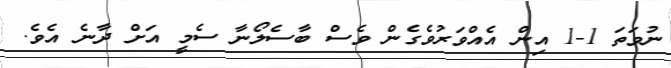
ނުވަތަ 1-1 އިން އެއްވަރުވެގެން ވެސް ބާސެލޯނާ ސެމީ އަށް ދާނެ އެވެ.